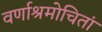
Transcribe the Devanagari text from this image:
वर्णाश्रमोचितां